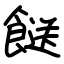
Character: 餸